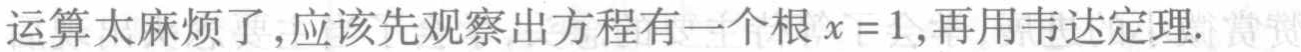
运算太麻烦了,应该先观察出方程有一个根\(x = 1\),再用韦达定理.